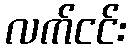
လက်ငင်း